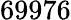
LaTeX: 69976